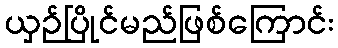
ယှဉ်ပြိုင်မည်ဖြစ်ကြောင်း